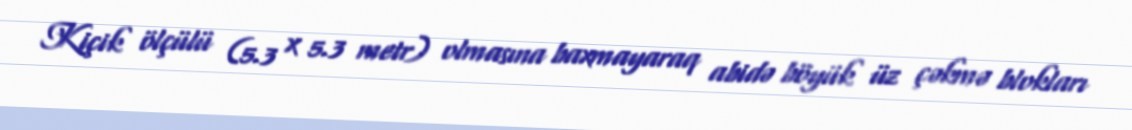
Kiçik ölçülü (5.3 x 5.3 metr) olmasına baxmayaraq abidə böyük üz çəkmə blokları